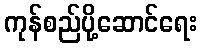
ကုန်စည်ပို့ဆောင်ရေး